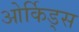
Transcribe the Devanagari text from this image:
ओर्किड्स